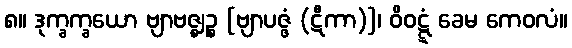
၈။ ဒုက္ခက္ခယော ဗျာဗဇ္ဈဉ္စ [ဗျာပဇ္ဇံ (ဋီကာ)]၊ ဝိဝဋ္ဋံ ခေမ ကေဝလံ။